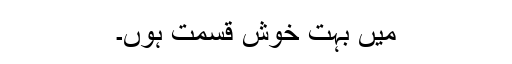
میں بہت خوش قسمت ہوں۔